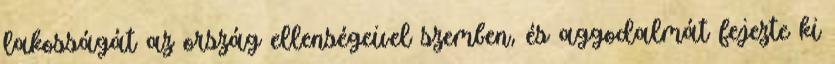
lakosságát az ország ellenségeivel szemben, és aggodalmát fejezte ki